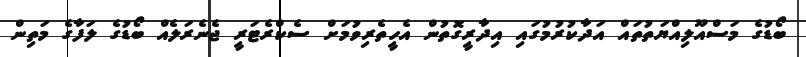
ބޯޑުގެ މަސްއޫލިއްޔަތުތައް އަދާކުރުމުގައި އިދާރީގޮތުން އެހީތެރިވުމަށް ސެކްރެޓަރީ ޖެނެރަލެއް ބޯޑުގެ ލަފާގެ މަތިން